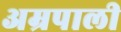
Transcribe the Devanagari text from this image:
अम्रपाली